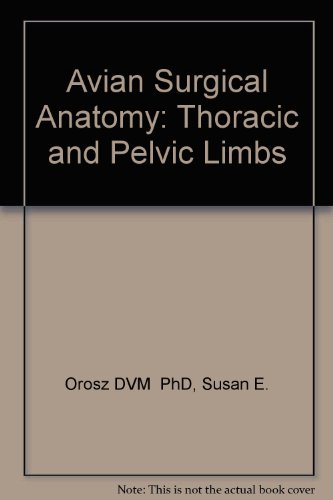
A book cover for Avian Surgical Anatomy: Thoracic and Pelvic Limbs; Susan E. Orosz; Medical Books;